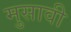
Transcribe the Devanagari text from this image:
मुसावी